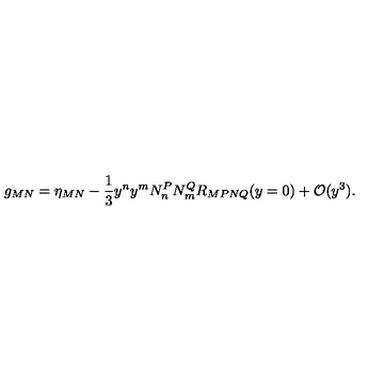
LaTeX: g _ { M N } = \eta _ { M N } - \frac { 1 } { 3 } y ^ { n } y ^ { m } N _ { n } ^ { P } N _ { m } ^ { Q } R _ { M P N Q } ( y = 0 ) + { \cal O } ( y ^ { 3 } ) .